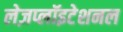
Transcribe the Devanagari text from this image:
लेज़प्लॉइटेशनल